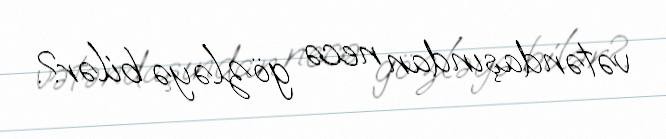
vətəndaşından necə gözləyə bilər?.